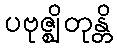
ပဗုဇ္ဈိတုန္တိ